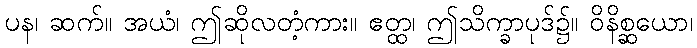
ပန၊ ဆက်။ အယံ၊ ဤဆိုလတံ့ကား။ ဧတ္ထ၊ ဤသိက္ခာပုဒ်၌။ ဝိနိစ္ဆယော၊